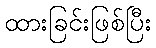
ထားခြင်းဖြစ်ပြီး